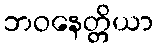
ဘဝနေတ္တိယာ